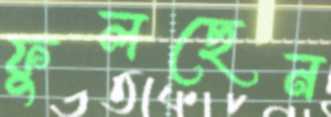
ফুলছেন